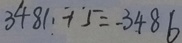
3 4 8 1 + 5 = 3 4 8 6